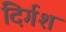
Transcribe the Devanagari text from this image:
दिर्गश